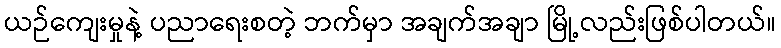
ယဉ်ကျေးမှုနဲ့ ပညာရေးစတဲ့ ဘက်မှာ အချက်အချာ မြို့လည်းဖြစ်ပါတယ်။